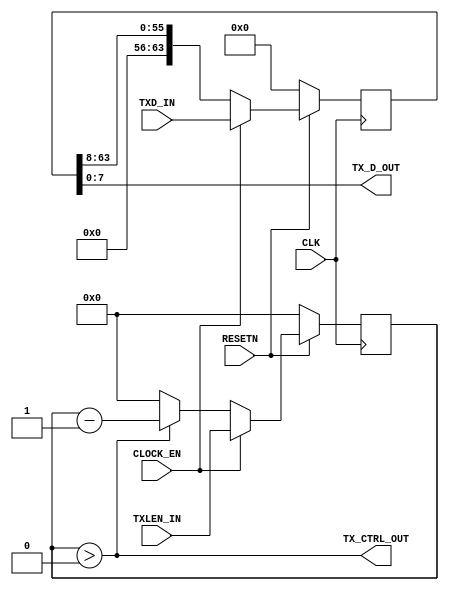

// Copyright (C) Akira Higuchi  ( https://github.com/ahiguti )
// Copyright (C) DeNA Co.,Ltd. ( https://dena.com )
// All rights reserved.
// See COPYRIGHT.txt for details


module xgmii_to_gmii(
input CLK,
input RESETN,
input CLOCK_EN,
input [63:0] TXD_IN,
input [3:0] TXLEN_IN,
output [7:0] TX_D_OUT,
output TX_CTRL_OUT
);

reg [63:0] txd;
reg [3:0] txlen;

assign TX_D_OUT = txd[7:0];
assign TX_CTRL_OUT = (txlen > 0);

always @(posedge CLK) begin
    if (!RESETN) begin
        txd <= 0;
        txlen <= 0;
    end else begin
        txd <= { 8'h0, txd[63:8] };
        txlen <= txlen > 0 ? txlen - 1 : 0;
        if (CLOCK_EN) begin
            txd <= TXD_IN;
            txlen <= TXLEN_IN;
        end
    end
end

endmodule